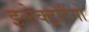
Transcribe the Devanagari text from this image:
इलेक्ट्रोटैंगो